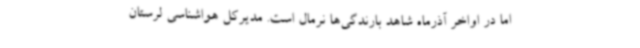
اما در اواخر آذرماه شاهد بارندگی‌ها نرمال است. مدیرکل هواشناسی لرستان